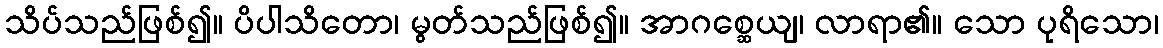
သိပ်သည်ဖြစ်၍။ ပိပါသိတော၊ မွတ်သည်ဖြစ်၍။ အာဂစ္ဆေယျ၊ လာရာ၏။ သော ပုရိသော၊